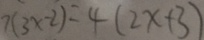
7 ( 3 x - 2 ) = 4 ( 2 x + 3 )